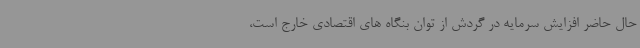
حال حاضر افزایش سرمایه در گردش از توان بنگاه های اقتصادی خارج است،